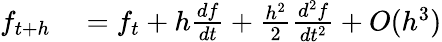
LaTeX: \begin{array}{rl}{f_{t+h}}&{{}=f_{t}+h\frac{df}{dt}+\frac{h^{2}}{2}\frac{d^{2}f}{dt^{2}}+O(h^{3})}\end{array}